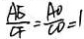
\frac { A E } { C F } = \frac { A O } { C O } = 1